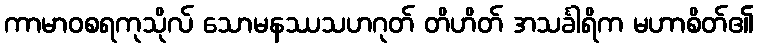
ကာမာဝစရကုသိုလ် သောမနဿသဟဂုတ် တိဟိတ် အသင်္ခါရိက မဟာစိတ်၏